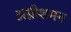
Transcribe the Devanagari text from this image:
अग्नीशमन